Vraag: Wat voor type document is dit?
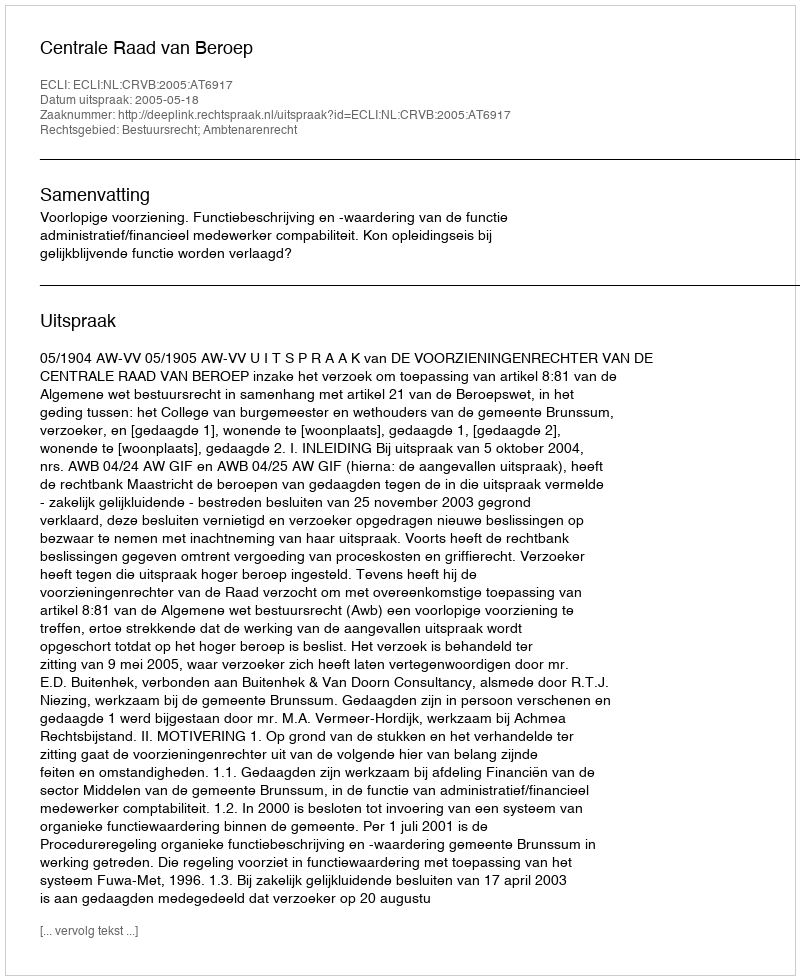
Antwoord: Uitspraak